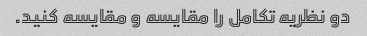
دو نظریه تکامل را مقایسه و مقایسه کنید.